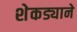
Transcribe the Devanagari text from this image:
शेकड्याने